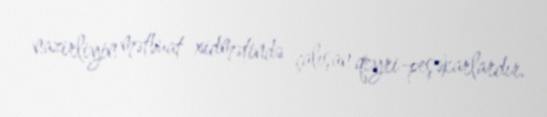
nazirliyin mətbuat xidmətində çalışan qeyri-peşəkarlardır.